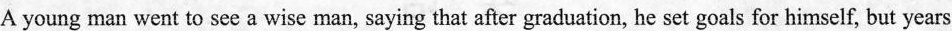
A young man went to see a wise man, saying that after graduation, he set goals for himself, but years